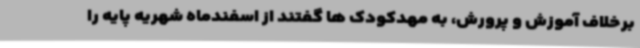
برخلاف آموزش و پرورش، به مهدکودک ها گفتند از اسفندماه شهریه پایه را